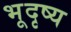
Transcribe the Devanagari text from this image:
भूदृष्य